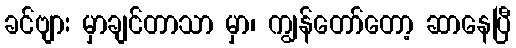
ခင်ဗျား မှာချင်တာသာ မှာ၊ ကျွန်တော်တော့ ဆာနေပြီ